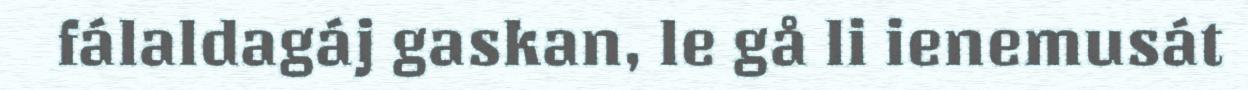
fálaldagáj gaskan, le gå li ienemusát